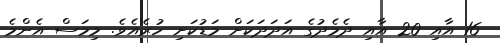
16 އާއި 20 އާއި ދެމެދުގެ އަދަދަަކަށް މަޑުކަށި ހުރެއެވެ. މިމަސް އެންމެ